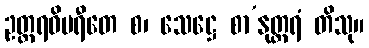
ဥတ္တရဝိပရီတေ စ၊ သေဋ္ဌေ စာ’နုတ္တရံ တိသု။